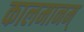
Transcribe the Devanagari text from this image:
कालमानम्